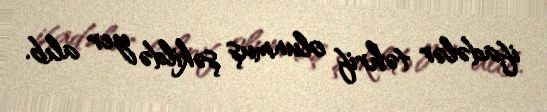
ifadələr təhrif olunmuş şəkildə yer alıb.